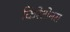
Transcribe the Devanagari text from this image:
किरेटोनस